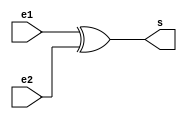
// Nome: Isabella de Paula Gonales
// Matrcula: 420120


//   ** EXTRA **

module metodoxor ( s,e1,e2 );

output s;
input e1,e2;

assign s = ( (e1^e2) );

endmodule

module testxor;

reg e1,e2;
wire s;

metodoxor XOR1 ( s,e1,e2 );

initial begin: start
       e1=0; e2=0;
		 
end

initial begin: main
   $display (" ( (e1^e2) )");
#1 $display (" %b | %b = %b ", e1,e2,s ); 

#1 e1=0; e2=1; 
#1 $display (" %b | %b = %b ", e1,e2,s);

#1 e1=1; e2=0;
#1 $display (" %b | %b = %b ", e1,e2,s);

#1 e1=1; e2=1;
#1 $display (" %b | %b = %b ", e1,e2,s);


end

endmodule


/* Registrando os Resultados 

  ( (e1^e2) )
     0 | 0 = 0 
     0 | 1 = 1 
     1 | 0 = 1 
     1 | 1 = 0 
    
     ----jGRASP: operation complete.
 */